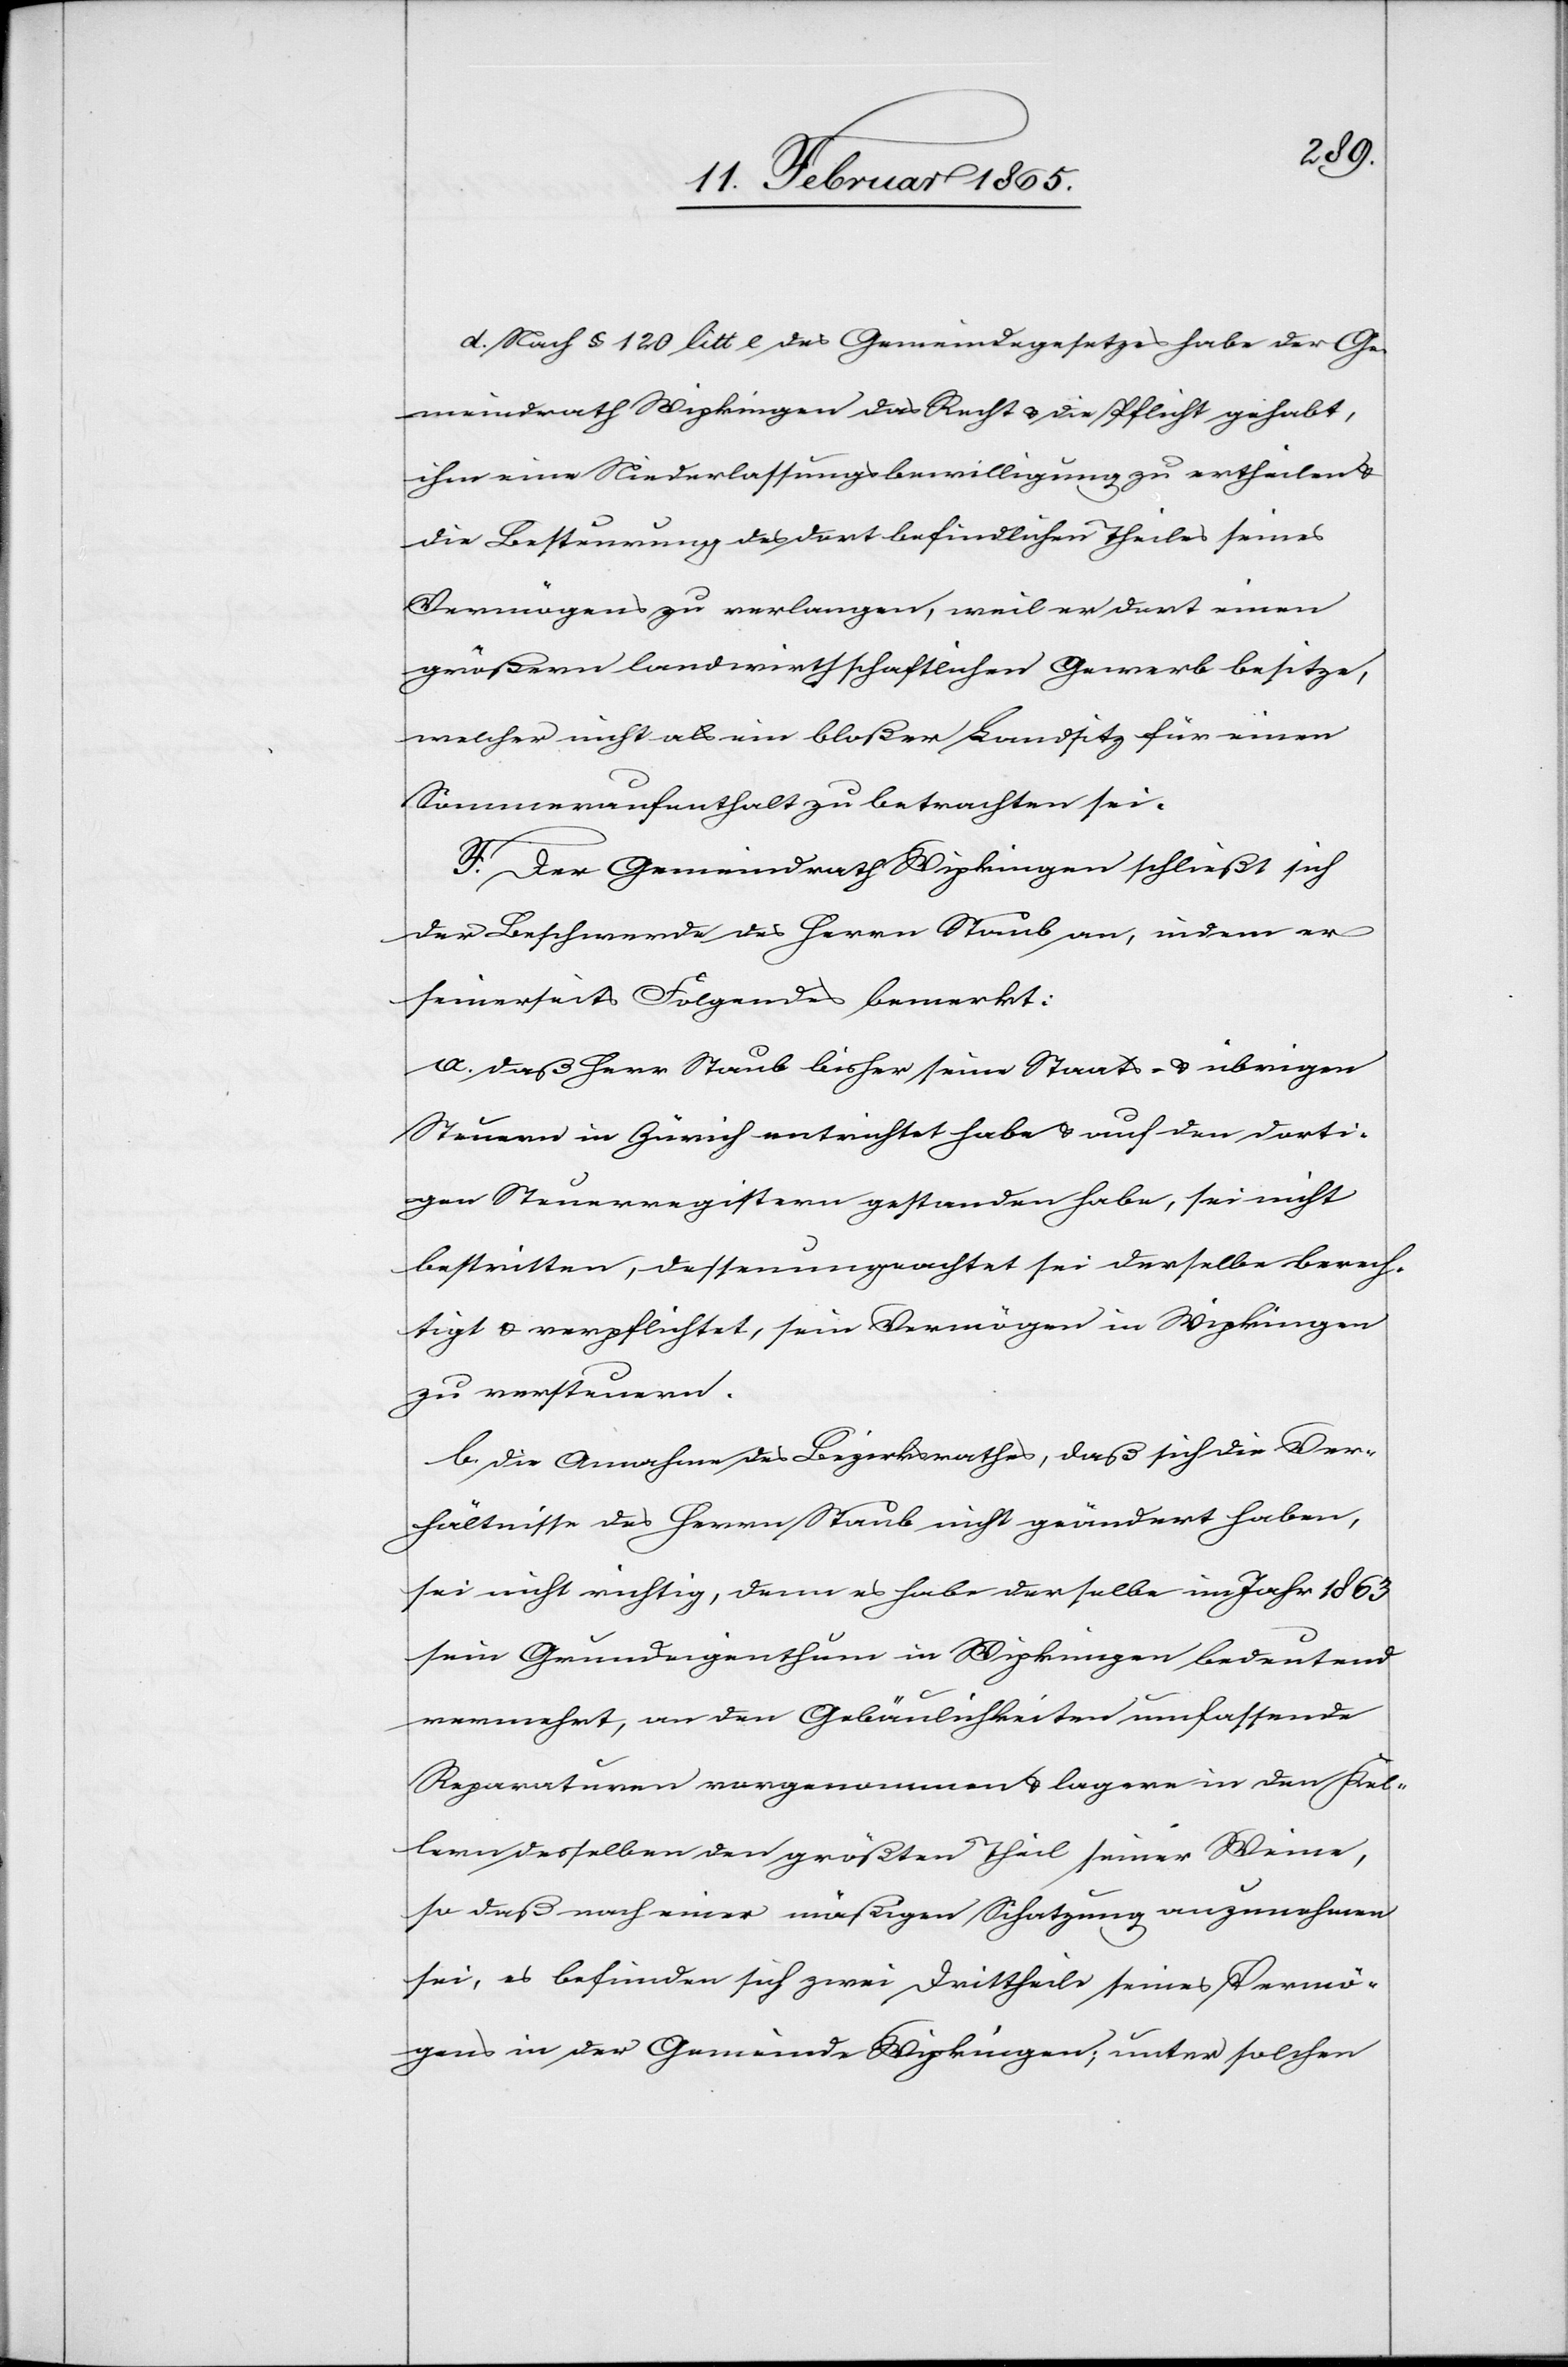
d. Nach § 120 litt e des Gemeindegesetzes habe der Ge¬
meindrath Wipkingen das Recht u. die Pflicht gehabt,
ihm eine Niederlassungsbewilligung zu ertheilen u.
die Besteurung des dort befindlichen Theiles seines
Vermögens zu verlangen, weil er dort einen
größern landwirthschaftlichen Gewerb besitze,
welcher nicht als ein bloßer Landsitz für einen
Sommeraufenthalt zu betrachten sei.
F. Der Gemeindrath Wipkingen schließt sich
der Beschwerde des Herrn Staub an, indem er
seinerseits Folgendes bemerkt:
a. daß Herr Staub bisher seine Staats- u. übrigen
Steuern in Zürich entrichtet habe u. auf den dorti¬
gen Steuerregistern gestanden habe, sei nicht
bestritten, dessenungeachtet sei derselbe berech¬
tigt u. verpflichtet, sein Vermögen in Wipkingen
zu versteuern.
b. die Annahme des Bezirksrathes, daß sich die Ver¬
hältnisse des Herrn Staub nicht geändert haben,
sei nicht richtig, denn es habe derselbe im Jahr 1863
sein Grundeigenthum in Wipkingen bedeutend
vermehrt, an den Gebäulichkeiten umfassende
Reparaturen vorgenommen u. lagere in den Kel¬
lern desselben den größten Theil seiner Weine,
so daß nach einer mäßigen Schatzung anzunehmen
sei, es befinden sich zwei Drittheile seines Vermö¬
gens in der Gemeinde Wipkingen; unter solchen